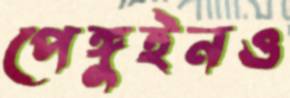
পেঙ্গুইনও